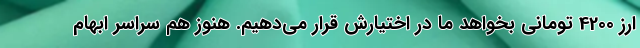
ارز 4200 تومانی بخواهد ما در اختیارش قرار می‌دهیم. هنوز هم سراسر ابهام